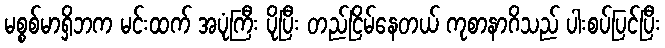
မစ္စစ်မာရှိဘက မင်းထက် အပုံကြီး ပိုပြီး တည်ငြိမ်နေတယ် ကုစာနာဂိသည် ပါးစပ်ပြင်ပြီး